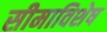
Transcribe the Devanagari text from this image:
सीमाविशेष